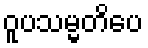
ဝူပသမ္မတိပေ